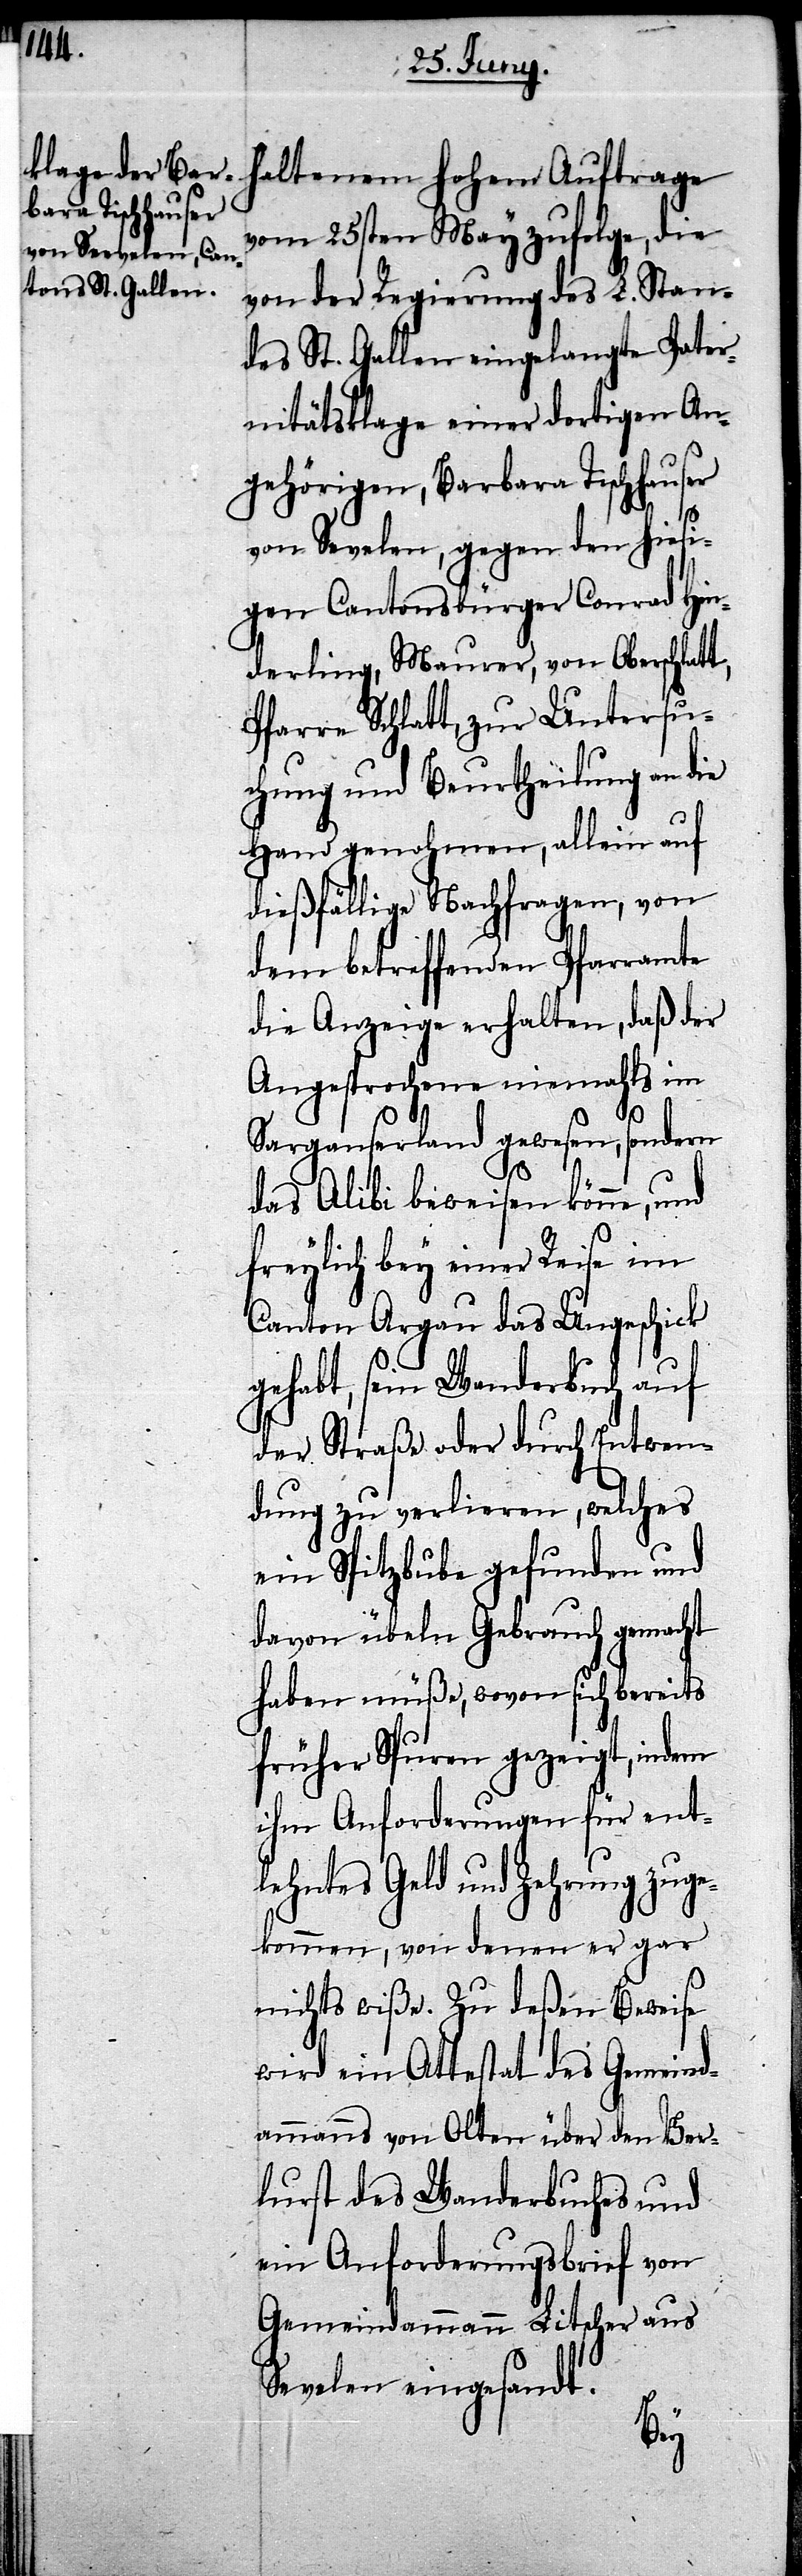
haltenem Hohen Auftrage
vom 25sten May zufolge, die
von der Regierung des L. Stan¬
des St. Gallen eingelangte Pater¬
nitätsklage einer dortigen An¬
gehörigen, Barbara Tischhauser
von Sevelen, gegen den hiesi¬
gen Cantonsbürger Conrad Hin¬
derling, Maurer, von Oberschlat¬
Pfarre Schlatt, zur Untersu¬
chung und Beurtheilung an die
Hand genohmen, allein auf
dießfällige Nachfrage, von
dem betreffenden Pfarramte
die Anzeige erhalten, daß der
Angesprochene niemahls im
Sarganserland gewesen, sondern
t,
das Alibi beweisen könne, und
freylich bey einer Reise im
Canton Argau das Ungeschick
gehabt, sein Wanderbuch auf
der Straße oder durch Entwen¬
dung zu verlieren, welches
ein Spitzbube gefunden und
davon übeln Gebrauch gemacht
haben müße, wovon sich bereits
früher Spuren gezeigt, indem
ihm Anforderungen für ent¬
lehntes Geld und Zehrung zug¬
ekommen, von denen er gar
nichts wiße. Zu deßen Beweise
wird ein Attestat des Gemeind¬
ammanns von Olten über den Ver¬
lust des Wanderbuches und
ein Anforderungsbrief von
Gemeindammann Litscher aus
Sevelen eingesandt.
er¬